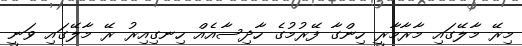
މިރޭ މާލޭގައި މާރާމާރީ ހިންގާ ފޭރުމުގެ ހާދިސާއެއް ހިނގިއިރު ރޭ މާލޭގައި ވަނީ